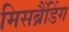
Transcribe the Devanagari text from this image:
मिसब्रैंडिंग